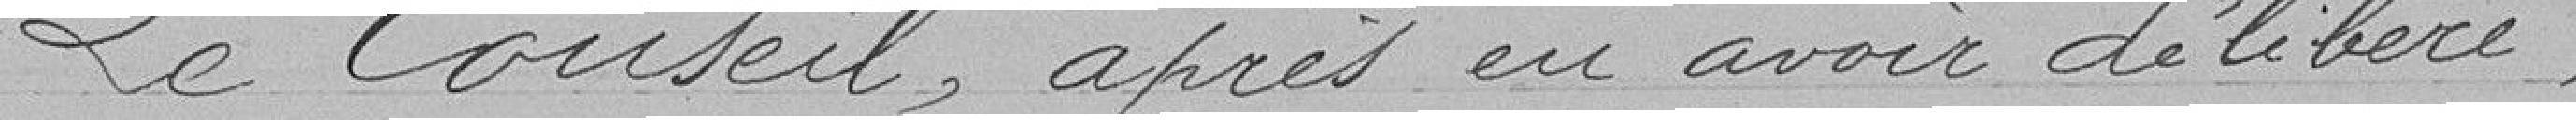
Le Conseil, après en avoir délibéré,